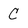
Character: C